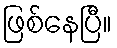
ဖြစ်နေပြီ။